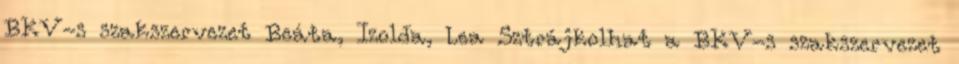
BKV-s szakszervezet Beáta, Izolda, Lea Sztrájkolhat a BKV-s szakszervezet